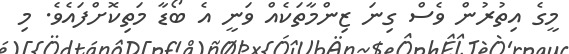
މީގެ އިތުރުން ވެސް ގިނަ ޒިންމާތަކެއް ވަނީ އެ ބޯޑާ މަތިކޮށްފައެވެ. މި